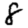
Digit: 8